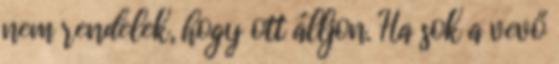
nem rendelek, hogy ott álljon. Ha sok a vevő